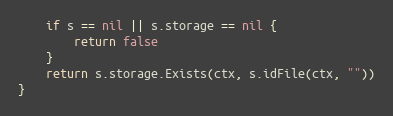
Language: Go
	if s == nil || s.storage == nil {
		return false
	}
	return s.storage.Exists(ctx, s.idFile(ctx, ""))
}